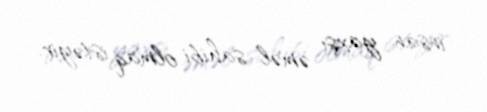
insan yaxşı əməl sahibi olmaq istəyir.